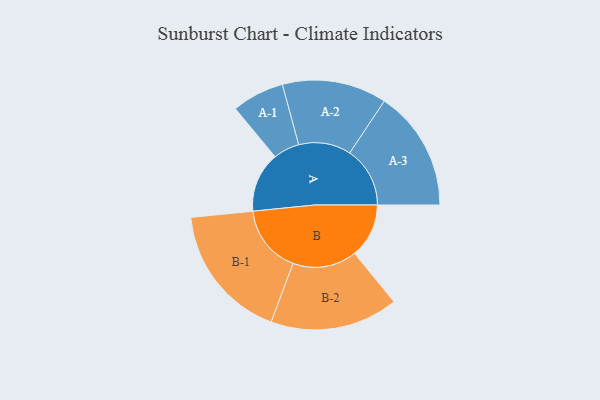
{"axis": {"x": "Segment", "y": "Value"}, "legend": ["", "A", "B"], "data": [{"x": "A", "y": 241, "type": ""}, {"x": "B", "y": 218, "type": ""}, {"x": "A-1", "y": 105, "type": "A"}, {"x": "A-2", "y": 210, "type": "A"}, {"x": "A-3", "y": 242, "type": "A"}, {"x": "B-1", "y": 274, "type": "B"}, {"x": "B-2", "y": 257, "type": "B"}]}